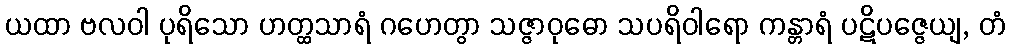
ယထာ ဗလဝါ ပုရိသော ဟတ္ထသာရံ ဂဟေတွာ သဇ္ဇာဝုဓော သပရိဝါရော ကန္တာရံ ပဋိပဇ္ဇေယျ, တံ